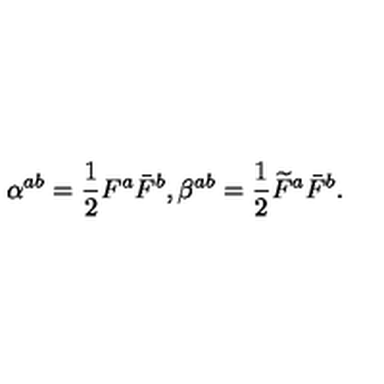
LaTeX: \alpha ^ { a b } = \frac { 1 } { 2 } F ^ { a } \bar { F } ^ { b } , \beta ^ { a b } = \frac { 1 } { 2 } \widetilde { F } ^ { a } \bar { F } ^ { b } .